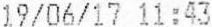
19/06/17 11:43